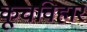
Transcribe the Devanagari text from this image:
कूचविहार